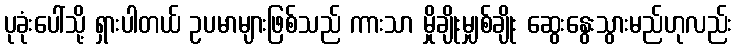
ပုခုံးပေါ်သို့ ရှားပါတယ် ဥပမာများဖြစ်သည် ကားသာ မှိုချိုးမျှစ်ချိုး ဆွေးနွေးသွားမည်ဟုလည်း